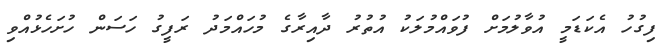
ފިގުހު އެކަޑަމީ އުވާލުމަށް ފުވައްމުލަކު އުތުރު ދާއިރާގެ މުހައްމަދު ރަފީގު ހަސަން ހުށަހެޅުއްވި